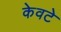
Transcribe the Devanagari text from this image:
केवटे